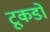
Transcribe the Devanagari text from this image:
टूकडों